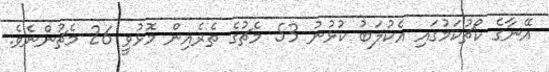
އޭނާގެ ކޯޗުކަމުގައި އެކުލަބު ކުޅުނު 53 މެޗުގެ ތެރެއިން މޮޅުވީ 26 މެޗުންނެވެ.